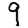
Digit: 9